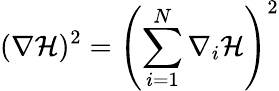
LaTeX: (\nabla\mathcal{H})^{2}=\left(\sum_{i=1}^{N}\nabla_{i}\mathcal{H}\right)^{2}